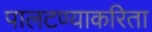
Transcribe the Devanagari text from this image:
पालटण्याकरिता